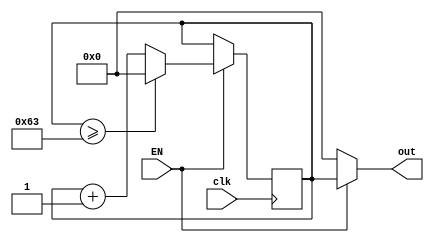
`timescale 1ns / 1ps
//////////////////////////////////////////////////////////////////////////////////
// Company: 
// Engineer: 
// 
// Design Name: 
// Module Name: cnt
// Project Name: 
// Target Devices: 
// Tool Versions: 
// Description: 
// 
// Dependencies: 
// 
// Revision:
// Revision 0.01 - File Created
// Additional Comments:
// 
//////////////////////////////////////////////////////////////////////////////////


module cnt_PC(clk, EN, out);
    parameter MAX = 100;
    input clk, EN;
    output [7:0] out;
    
    reg [7:0] data = 0;
    
    always@(posedge clk)begin
        if(EN)begin
            if(data >= MAX - 1)begin
                data = 0;
            end
            else begin
                data = data + 1;
            end
        end
        
    end
    
    assign out = (EN)? data:8'b0;
endmodule